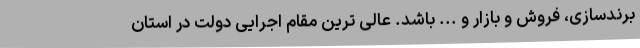
برندسازی، فروش و بازار و ... باشد. عالی ترین مقام اجرایی دولت در استان